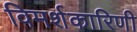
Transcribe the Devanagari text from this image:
विमर्शकारिणी